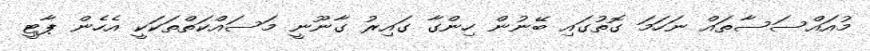
މުއައްސަސާތައް ނަހަމަ ގޮތުގައި ބޭނުން ހިންގާ ގައިރު ގާނޫނީ މަސައްކަތްތަކަކީ އެހެން ޕާޓީ